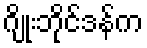
ဂျိုးဘိုင်ဒန်က